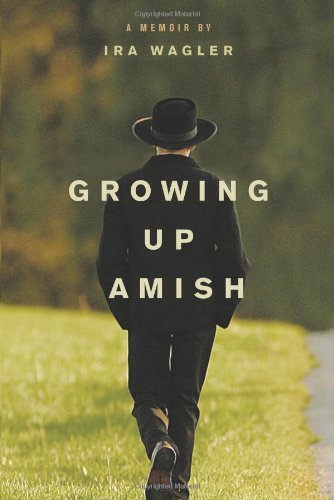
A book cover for Growing Up Amish: A Memoir; Ira Wagler; Christian Books & Bibles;